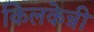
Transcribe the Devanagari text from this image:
किलकेन्नी